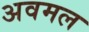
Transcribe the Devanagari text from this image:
अवमल